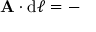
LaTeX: \mathbf { A } \cdot \mathrm { { d } } { \boldsymbol { \ell } } = -